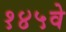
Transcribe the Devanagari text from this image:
१४५वे